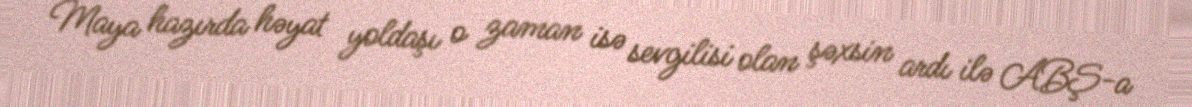
Maya hazırda həyat yoldaşı o zaman isə sevgilisi olan şəxsin ardı ilə ABŞ-a